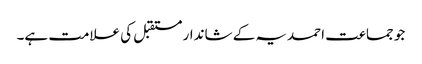
جو جماعت احمدیہ کے شاندار مستقبل کی علامت ہے۔